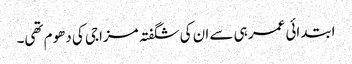
ابتدائی عمر ہی سے ان کی شگفتہ مزاجی کی دھوم تھی۔